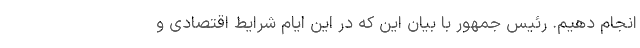
انجام دهیم. رئیس جمهور با بیان این که در این ایام شرایط اقتصادی و